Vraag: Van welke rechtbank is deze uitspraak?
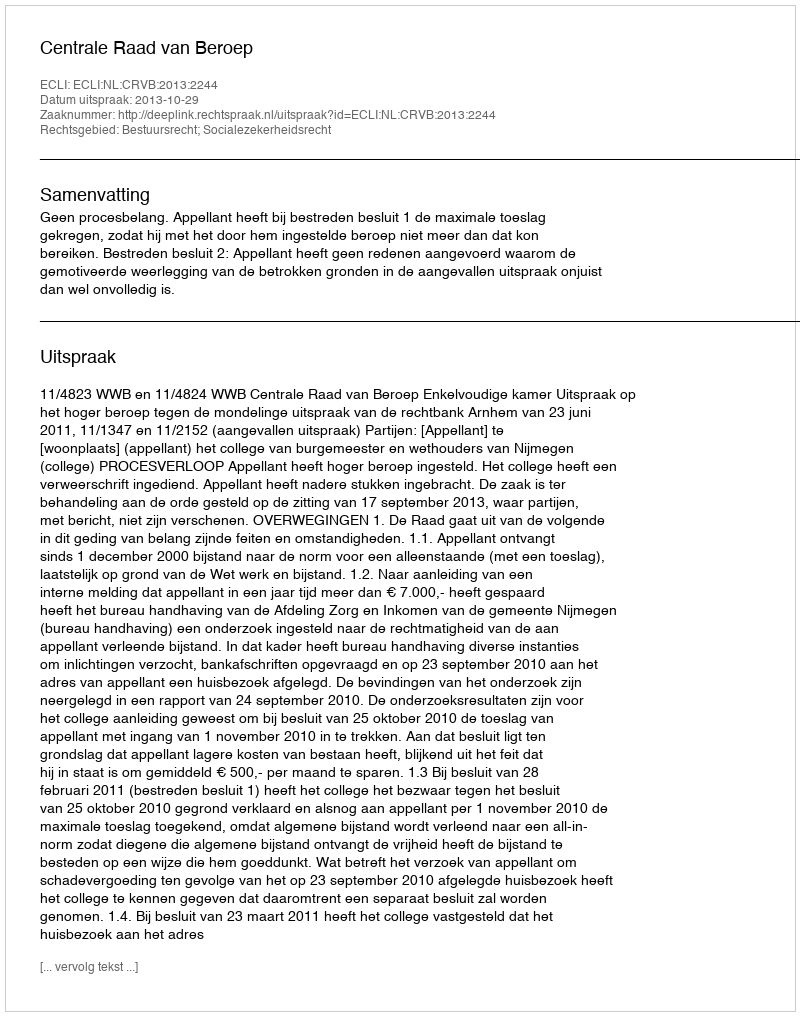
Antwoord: Centrale Raad van Beroep